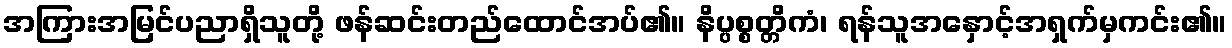
အကြားအမြင်ပညာရှိသူတို့ ဖန်ဆင်းတည်ထောင်အပ်၏။ နိပ္ပစ္စတ္တိကံ၊ ရန်သူအနှောင့်အရှက်မှကင်း၏။